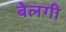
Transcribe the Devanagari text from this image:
बेलगी